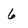
Character: 6